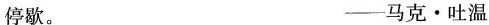
停歇。 -马克·吐温